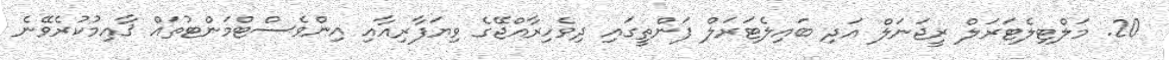
20. މަލްޓިލެޓަރަލް ރީޖަނަލް އަދި ބައިލެޓަރަލް ފަންތީގައި ދިވެހިރާއްޖޭގެ ވިޔަފާރިއާއި އިންވެސްޓްމަންޓުތައް ޤާއިމުކުރެވޭނެ